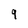
Character: 9